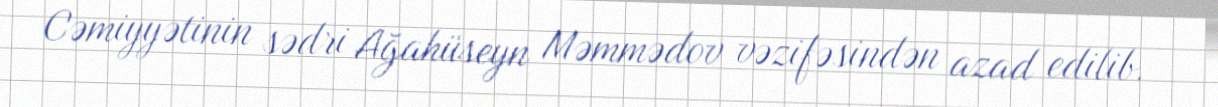
Cəmiyyətinin sədri Ağahüseyn Məmmədov vəzifəsindən azad edilib.